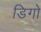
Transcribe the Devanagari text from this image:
डिगो